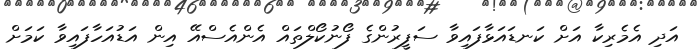
އަދި އެމެރިކާ އަށް ކަނޑައަޅާފައިވާ ސަފީރުންގެ ފޯނުކޯލްތައް އެންއެސްއޭ އިން އަޑުއަހާފައިވާ ކަމަށް